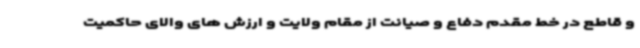
و قاطع در خط مقدم دفاع و صیانت از مقام ولایت و ارزش های والای حاکمیت